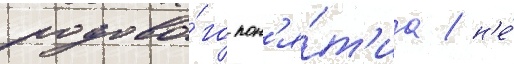
родово́го пон'я́т'иа / н'е́